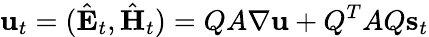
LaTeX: \mathbf{u}_{t}=(\hat{\mathbf{E}}_{t},\hat{\mathbf{H}}_{t})=QA\nabla\mathbf{u}+Q^{T}AQ\mathbf{s}_{t}